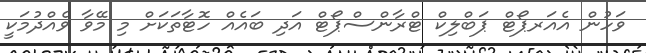
ވަހުން އެއަރޕޯޓް ޕަބްލިކް ޓްރާންސްޕޯޓް އަދި ބައެއް ހޮޓާތަކަށް މި މޭވާ ވެއްދުމަކީ